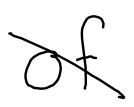
Text: of
Cross-out: diagonal
Writing tool: digital_black